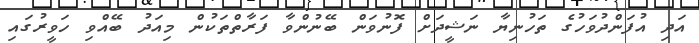
އަދި އުފަންދުވަހުގެ ތަހުނިޔާ ނަޝީދަށް ފޮނުވަން ބޭނުންވާ ފަރާތްތަކުން މިއަދު ބޭއްވި ހަވީރުގައި